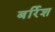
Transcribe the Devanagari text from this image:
बर्रिश